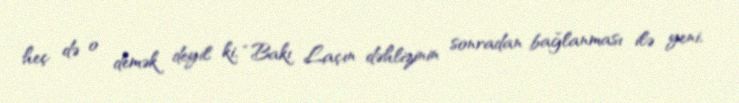
heç də o demək deyil ki, “Bakı Laçın dəhlizinin sonradan bağlanması ilə yeni,